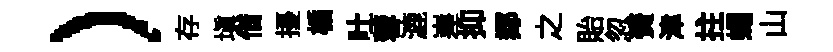
）存塡借擾楯吐蓉漉嵳抑鄰之貽忽賚津拄蠅山